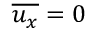
\overline { { u _ { x } } } = 0